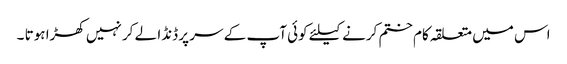
اس میں متعلقہ کام ختم کرنے کیلئے کوئی آپ کے سر پر ڈنڈا لے کر نہیں کھڑا ہوتا ۔